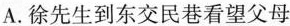
A.徐先生到东交民巷看望父母